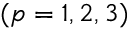
( p = 1 , 2 , 3 )